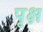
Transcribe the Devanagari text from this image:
पृक्ष